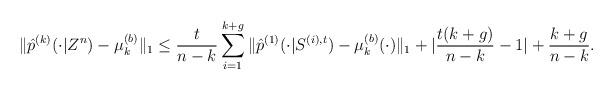
LaTeX: \begin{align*}\|\hat{p}^{(k)}(\cdot|Z^n)-\mu_k^{(b)}\|_1& \leq {t\over n-k} \sum_{i=1}^{k+g} \|\hat{p}^{(1)}(\cdot|S^{(i),t})-\mu_k^{(b)}(\cdot)\|_1+|{t(k+g)\over n-k}-1|+{k+g\over n-k}.\end{align*}